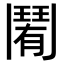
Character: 𩰑